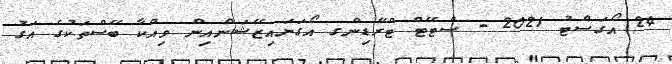
24 އޯގަސްޓު 2021 - ސްޓޭޓް ޓްރޭޑިންގ އޯގަނައިޒޭޝަންއިން ވިއްކާ ބޭސްތަކުގެ އަގު